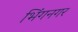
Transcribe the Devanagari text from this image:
भिंगनगर